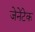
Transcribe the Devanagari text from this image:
जेनेंटेक